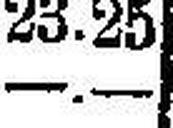
—.—